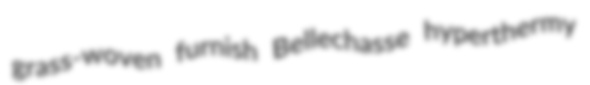
grass-woven furnish Bellechasse hyperthermy